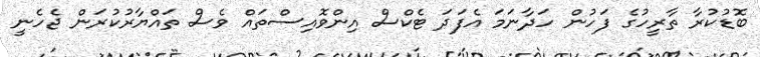
ބޮޑުކުރާ ތާރީހުގެ ފަހުން ހަދާނަމަ އެފަދަ ޓެކްސް އިންވޮއިސްތައް ވެސް ތައްޔާރުކުރަން ޖެހެނީ